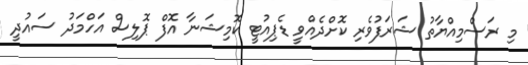
މި ރަސްމިއްޔާތު ޝަރަފުވެރި ކޮށްދެއްވީ ޑެޕިއުޓީ ކޮމިޝަނާ އޮފް ޕޮލިސް އަހްމަދު ސައުދީ